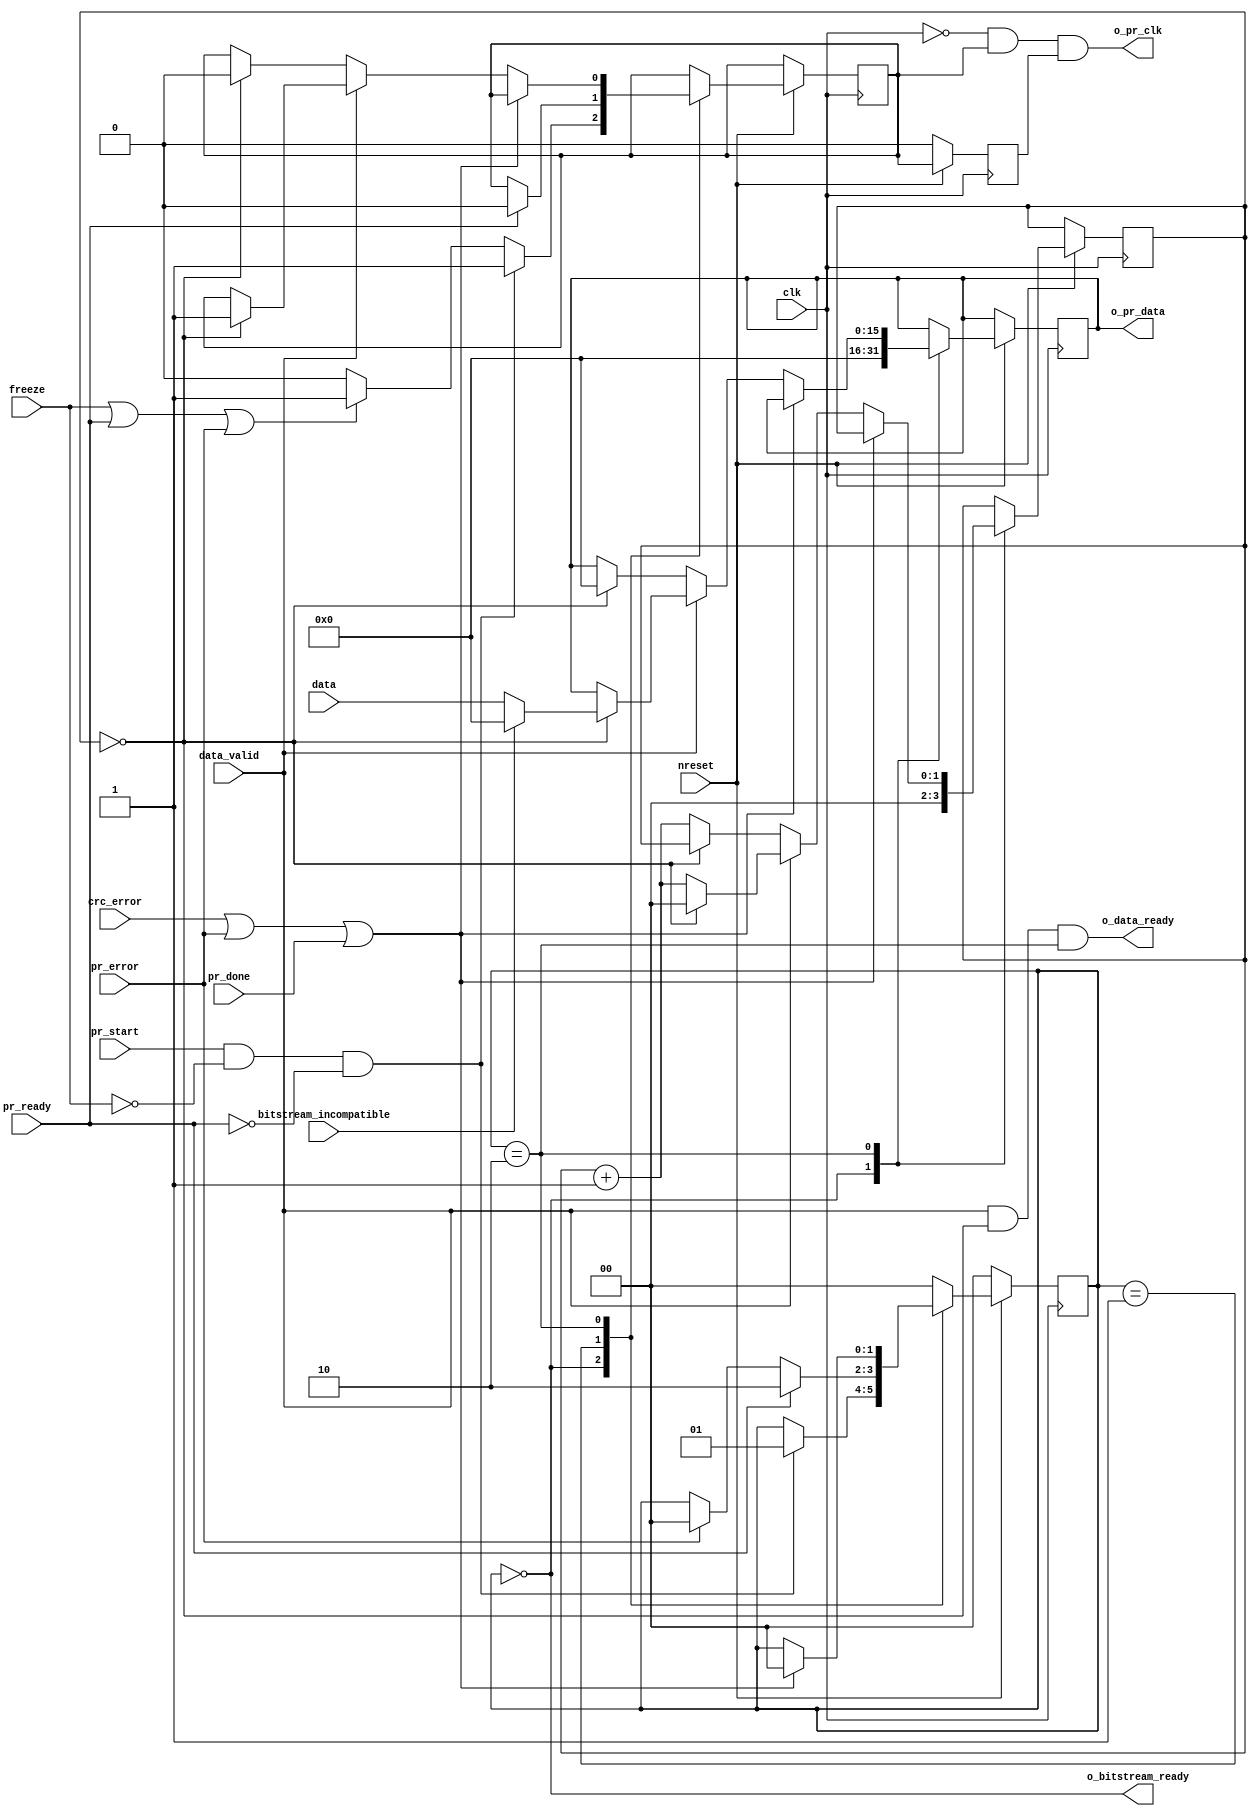
// (C) 2001-2016 Altera Corporation. All rights reserved.
// Your use of Altera Corporation's design tools, logic functions and other 
// software and tools, and its AMPP partner logic functions, and any output 
// files any of the foregoing (including device programming or simulation 
// files), and any associated documentation or information are expressly subject 
// to the terms and conditions of the Altera Program License Subscription 
// Agreement, Altera MegaCore Function License Agreement, or other applicable 
// license agreement, including, without limitation, that your use is for the 
// sole purpose of programming logic devices manufactured by Altera and sold by 
// Altera or its authorized distributors.  Please refer to the applicable 
// agreement for further details.


// synthesis VERILOG_INPUT_VERSION VERILOG_2001

//`define INC_PR_DATA_COUNT

module alt_pr_bitstream_controller_v2(
	clk,
	nreset,
	pr_start,
	freeze,
	crc_error,
	pr_error,
	pr_ready,
	pr_done,
	data,
	data_valid,
	o_data_ready,
	o_pr_clk,
	o_pr_data,
	bitstream_incompatible,
	o_bitstream_ready
);
	parameter CDRATIO = 1;
	parameter CB_DATA_WIDTH = 16;
	
	localparam [1:0]	IDLE = 0,
						WAIT_FOR_READY = 1,
						SEND_PR_DATA = 2;
						
	input clk; 
	input nreset;
	input pr_start;
	input freeze;
	input crc_error;
	input pr_error;
	input pr_ready;
	input pr_done;
	input [CB_DATA_WIDTH-1:0] data;
	input data_valid;
	input bitstream_incompatible;
	
	output o_data_ready;
	output o_pr_clk;
	output [CB_DATA_WIDTH-1:0] o_pr_data;
	output o_bitstream_ready;
						
	reg [1:0] bitstream_state;
	reg [CB_DATA_WIDTH-1:0] pr_data_reg;
	reg [1:0] count;
	reg enable_dclk_reg;
	reg enable_dclk_neg_reg;

`ifdef INC_PR_DATA_COUNT
	reg [29:0] PR_DATA_COUNT /* synthesis noprune */;
`endif
	
	assign o_data_ready = data_valid && (count == (CDRATIO-1)) && (bitstream_state == SEND_PR_DATA);
	assign o_pr_clk = ~clk && enable_dclk_reg && enable_dclk_neg_reg;
	assign o_pr_data = pr_data_reg;
	assign o_bitstream_ready = (bitstream_state == IDLE);
	
	// get rid of glitch
	always @(negedge clk)
	begin
		if (~nreset) begin
			enable_dclk_neg_reg <= 0;
		end
		else begin
			enable_dclk_neg_reg <= enable_dclk_reg;
		end
	end
	
	always @(posedge clk)
	begin
		if (~nreset) begin
			bitstream_state <= IDLE;
		end
		else begin
			case (bitstream_state)
				IDLE: 
				begin
					count <= 0;
					pr_data_reg <= 0;
					
`ifdef INC_PR_DATA_COUNT
					PR_DATA_COUNT <= 0;
`endif
					
					if (pr_start && ~freeze && ~pr_ready) begin
						enable_dclk_reg <= 1;
						bitstream_state <= WAIT_FOR_READY;
					end
					else if (freeze || pr_ready || pr_error) begin
						enable_dclk_reg <= 1;
					end
					else begin
						enable_dclk_reg <= 0;
					end
				end

				WAIT_FOR_READY: 
				begin
					if (pr_ready) begin
						enable_dclk_reg <= 0;
						bitstream_state <= SEND_PR_DATA;
					end
					else if (pr_error) begin
						bitstream_state <= IDLE;
					end
				end
				
				SEND_PR_DATA: 
				begin
					if (crc_error || pr_error || pr_done) begin
						bitstream_state <= IDLE;
					end
					else if (data_valid) begin
						if (count == (CDRATIO-1)) begin
							count <= 0;
							enable_dclk_reg <= 1;
							
							if (~bitstream_incompatible) begin
								pr_data_reg <= data;
							end
							else begin
								// send all 0's to assert PR_ERROR
								pr_data_reg <= 0;
							end
`ifdef INC_PR_DATA_COUNT
							PR_DATA_COUNT <= PR_DATA_COUNT + 30'd1;
`endif
						end
						else begin
							count <= count + 2'd1;
						end
					end
					else if (count == (CDRATIO-1)) begin
						enable_dclk_reg <= 0;
						pr_data_reg <= 0;
					end
					else begin
						count <= count + 2'd1;
					end
				end
				
				default: 
				begin
					bitstream_state <= IDLE;
				end
			endcase
		end
	end
						
endmodule